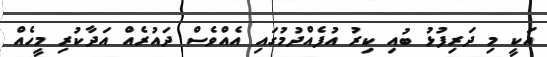
އަކީ މި ދަރިފުޅު ބުއި ކިރު އުފެއްދުމުގައި އެއްވެސް ދައުރެއް އަދާކުރި މީހެއް